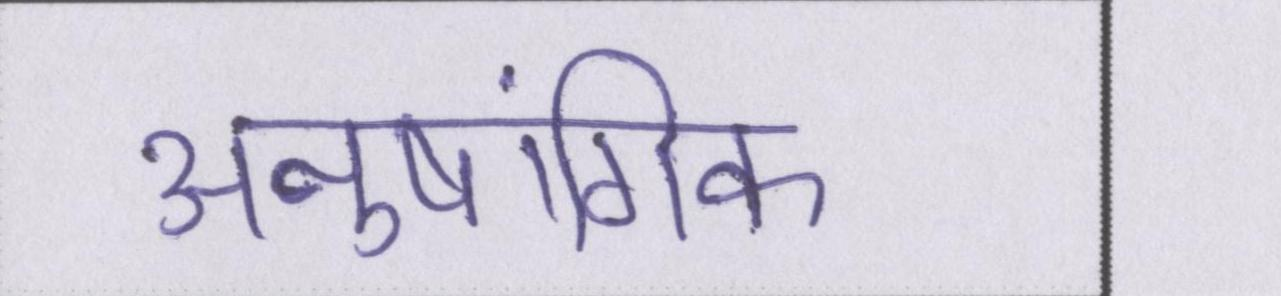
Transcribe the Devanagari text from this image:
अनुषांगिक